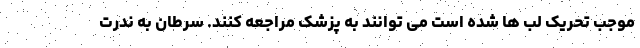
موجب تحریک لب ها شده است می توانند به پزشک مراجعه کنند. سرطان به ندرت